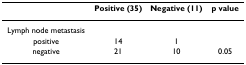
<table><thead><tr><td></td><td><b>Positive (35)</b></td><td><b>Negative (11)</b></td><td><b>p value</b></td></tr></thead><tbody><tr><td>Lymph node metastasis</td><td></td><td></td><td></td></tr><tr><td>positive</td><td>14</td><td>1</td><td></td></tr><tr><td>negative</td><td>21</td><td>10</td><td>0.05</td></tr></tbody></table>